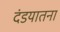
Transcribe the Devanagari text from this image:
दंडयातना